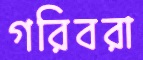
গরিবরা